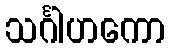
သင်္ဂါဟကော